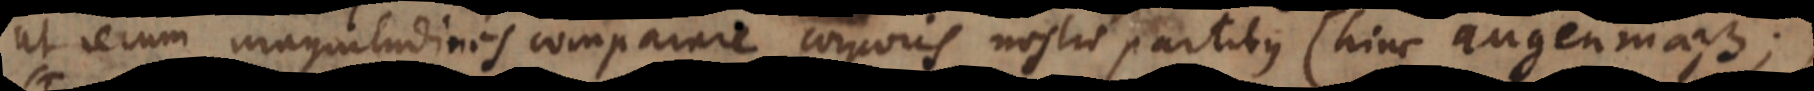
ut rerum magnitudines comparare corporis nostri partibus (hinc augenmaß);